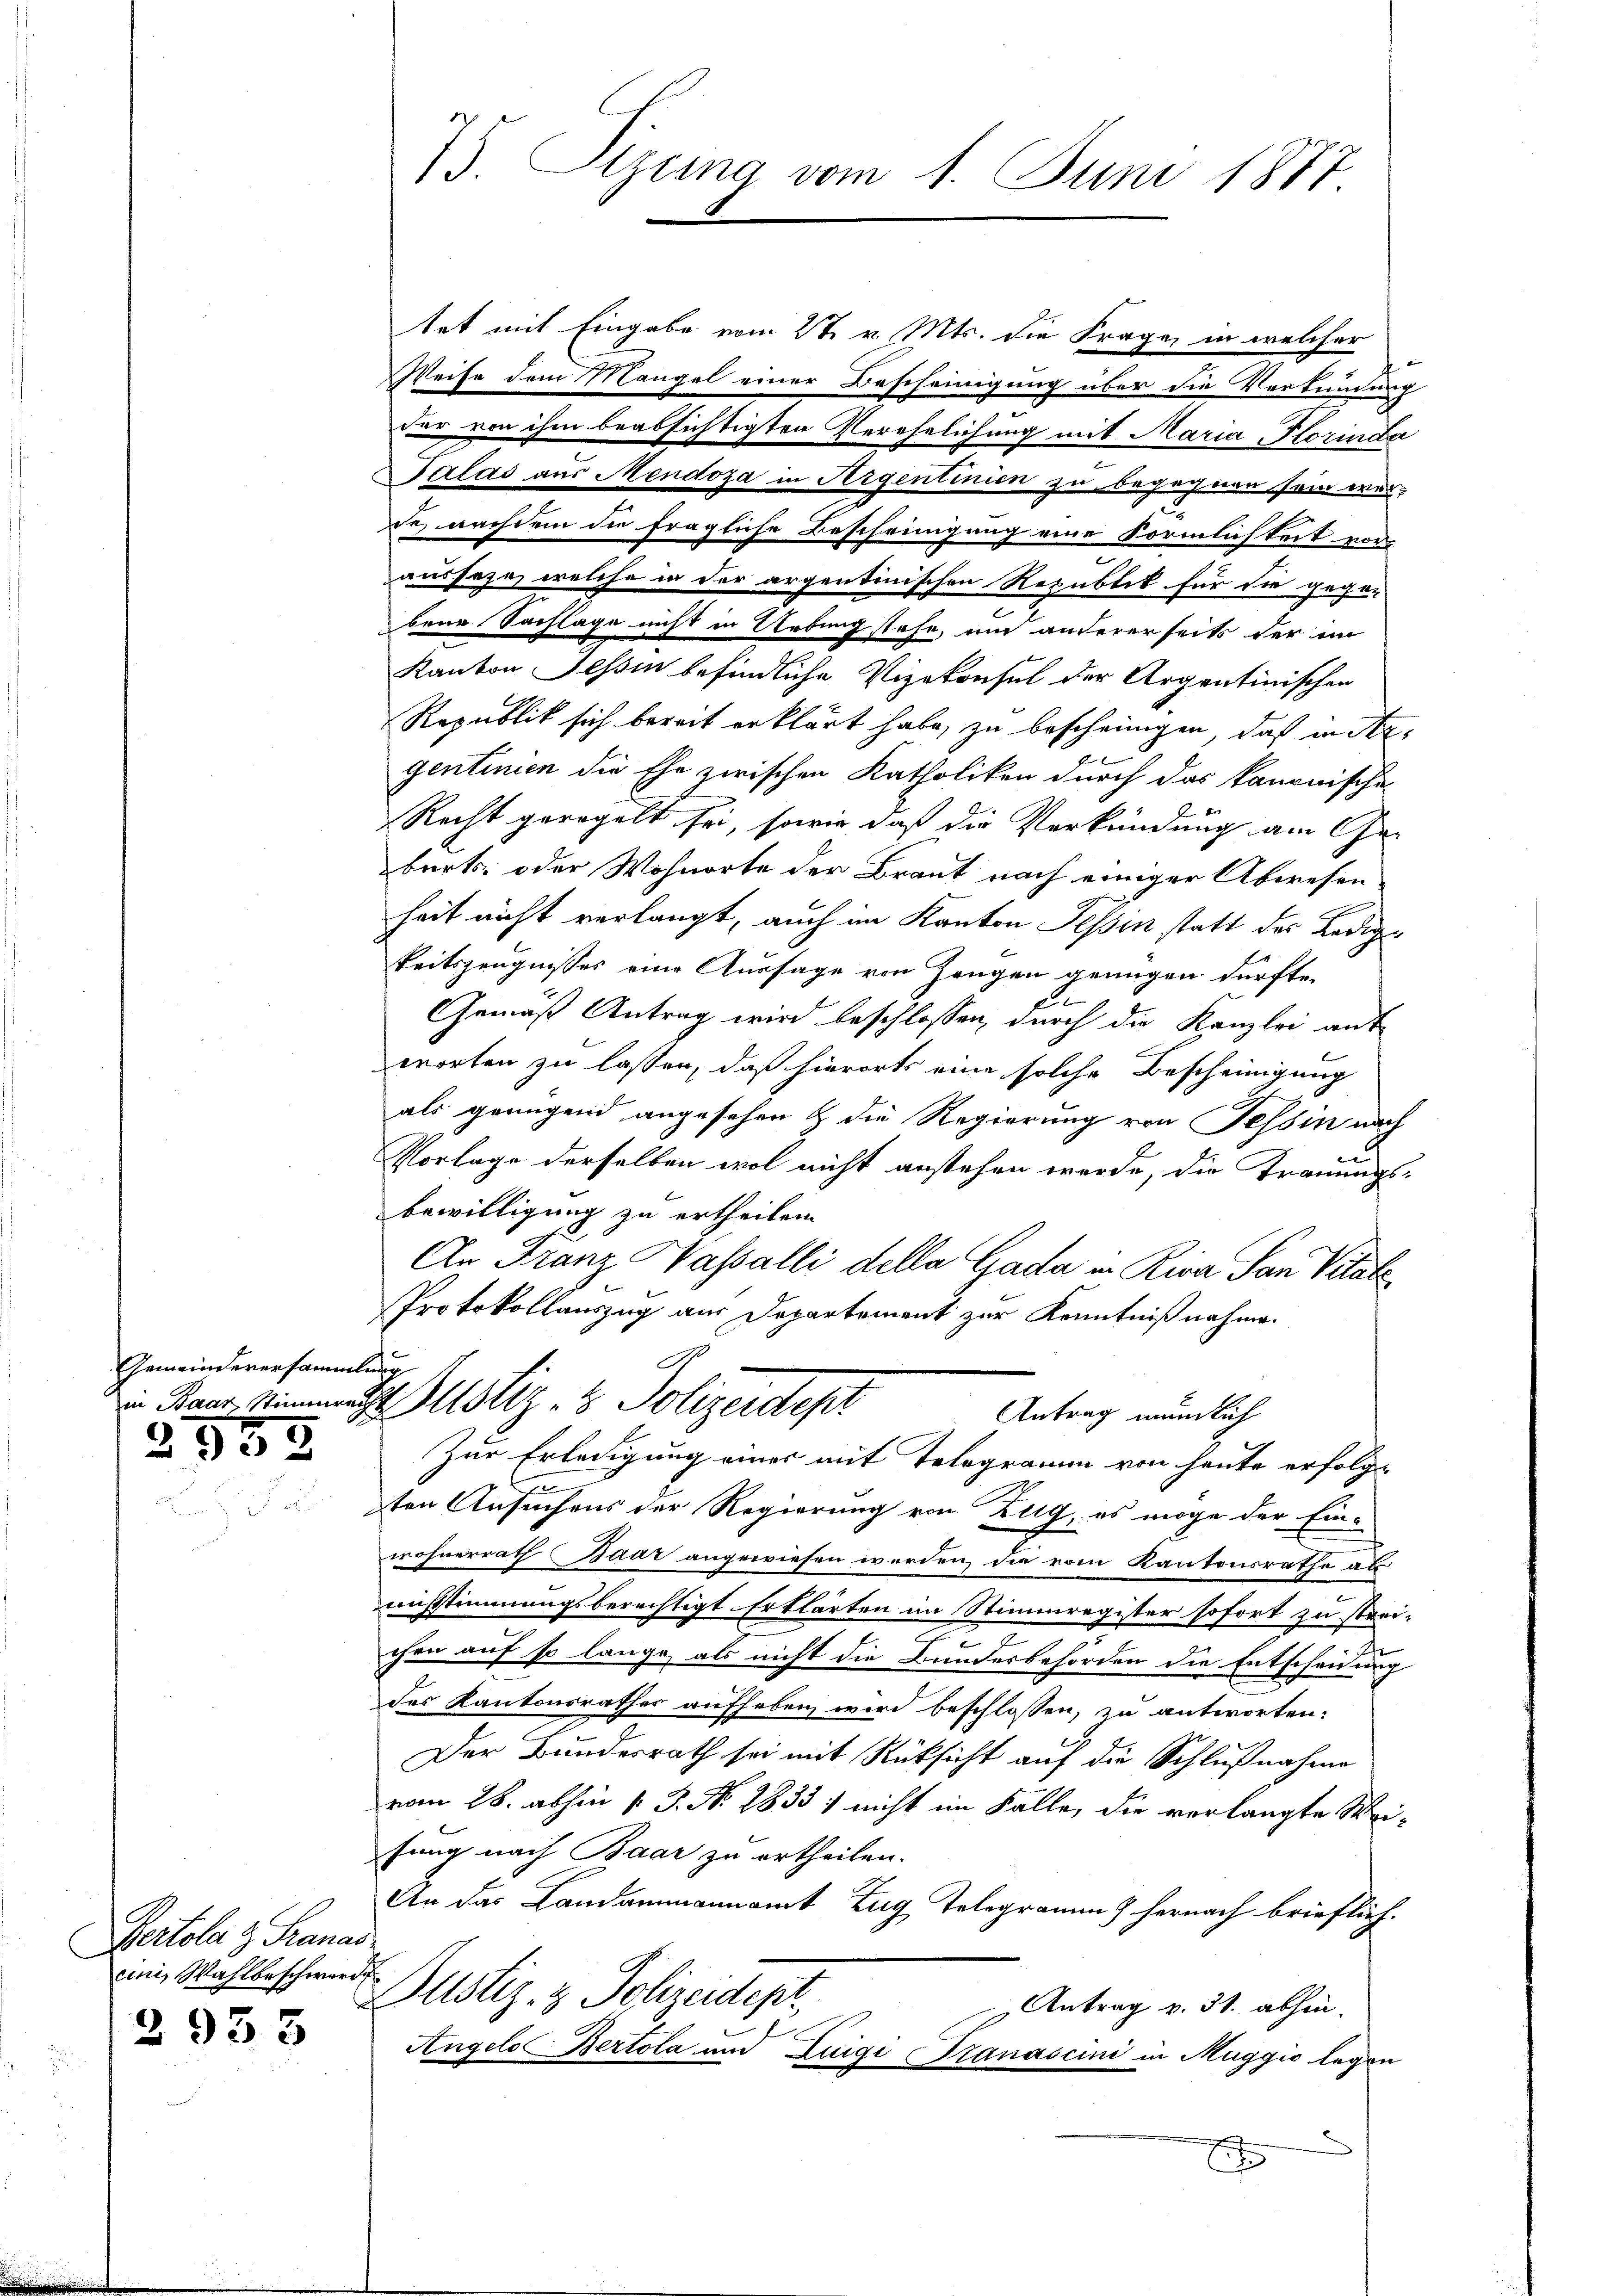
Gemeindeversammlung
in Baar Stimme

2555

Pertola z. Franas
cinis Wahlbeschwerde

2933

15. Etzung vom 1. Juni 1877.

tet mit Eingabe vom 2t v. Mts. die Frage, in welcher
Weise dem Mangel einer Bescheinigung über die Verkündung
der von ihm beabsichtigten Verehelichung mit Maria Glorinda
Salas aus Mendoza in Argentinien zu begegnen sein wer-
de nachdem die fragliche Bescheinigung eine Förmlichkeit ve
ausseze, welche in der argentinischen Republik für die gegen
bene Nachlage nicht in Uebung stehe, um andererseits der im
Kanton Tessin befindliche Vizekonsul der Argentinischen
Republik sich bereit erklärt habe, zu bescheinigen, daß in Argentinien die Ehe zwischen Katholiken durch das kanonische
Recht geregelt sei, sowie daß die Verkündung am Geburts- oder Wohnorte der Braut nach einiger Abwesen
heit nicht verlangt, auch im Kanton Tessin statt der Ledig
keitszeugnisses eine Aussage von Zeugen genügen dürfte.
Gemäß Antrag wird beschlossen, durch die Kanzlei ant
worten zu lassen, daß hierorts eine solche Bescheinigung
als genügend angesehen & die Regierung von Tessin nach
Vorlage derselben wol nicht anstehen werde, die Trauungs-
bewilligung zu ertheilen.
An Franz Wassalli della Gada in Riva San Vitate,
Protokollauszug aus Departement zur Kenntnißnahme.
G
3. Justiz- & Polizeides
Antrag mündlich
Zur Erledigung einer mit Telegramm von heute erfolgt
ten Ansuchens der Regierung von Zug, es möge der Ein-
wohnerrath Baar angewiesen werden, die vom Kantonsrathe als
austimmungsberechtigt Erklärten im Stimmregister sofort zu streichen auf so lange, als nicht die Bundesbehörden die Entscheidung
des Kantonsrathes aufheben wird beschlossen, zu antworten:
Der Bundesrath sei mit Rüksicht auf die Schlußnahme
vom 26. abhin v. J. No. 2833; nicht im Falle, die verlangte Wei-
fang nach Baar zu ertheilen.
An das Landammannamt Zug Telegramm hernach brieflich.
Justiz- & Polizeidept
 Antrag v. 31. abhin.
Angels Bertola und Luigi Granascini in Muggio legen
E